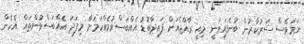
ނަމަވެސް ސަރުކާރުން ބުނެފައިވަނީ މިއީ ރާއްޖެއަށް ފައިދާބޮޑު އެއްބަސްވުމެއްކަމަށާ މިފަދަ އެއްބަސްވުންތައް އެހެން